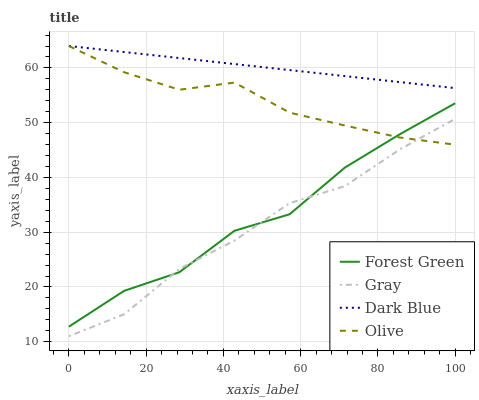
| xaxis_label | Forest Green | Gray | Dark Blue | Olive |
 | --- | --- | --- | --- | --- |
 | 0 | 12.8 | 11 | 64 | 64 |
 | 14.3 | 19.3 | 15 | 62.9 | 59.2 |
 | 28.6 | 22.7 | 23.3 | 61.8 | 56 |
 | 42.9 | 30.3 | 28.5 | 60.7 | 57.3 |
 | 57.1 | 33.3 | 35.3 | 59.6 | 51.8 |
 | 71.4 | 41.8 | 38.4 | 58.5 | 49.5 |
 | 85.7 | 47.9 | 45.1 | 57.4 | 47.3 |
 | 100 | 53.5 | 50.7 | 56.3 | 46 |